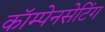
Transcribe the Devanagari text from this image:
कॉम्पेनसेटिंग